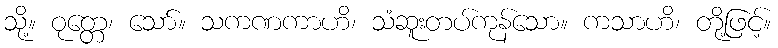
သို့။ ဝုတ္တေ၊ သော်။ သကဏကာဟိ၊ သံဆူးတပ်ကုန်သော။ ကသာဟိ၊ တို့ဖြင့်။